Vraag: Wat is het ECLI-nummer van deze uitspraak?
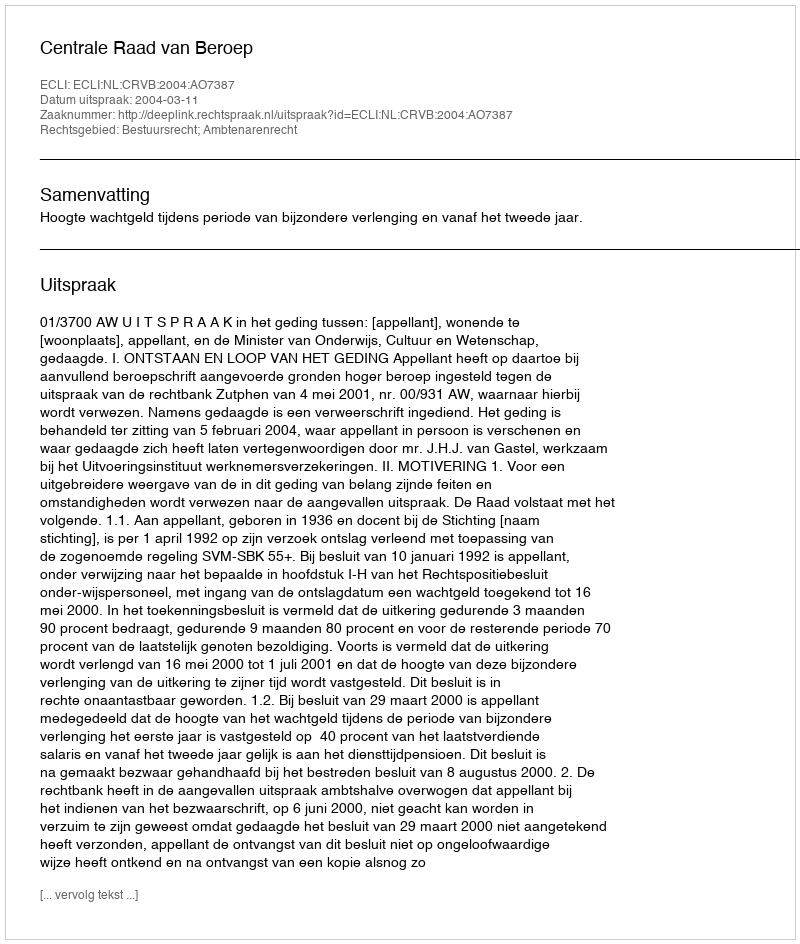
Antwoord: ECLI:NL:CRVB:2004:AO7387